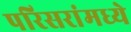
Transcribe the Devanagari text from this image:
परिसरांमध्ये